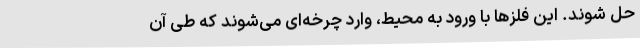
حل شوند. این فلزها با ورود به محیط، وارد چرخه‌ای می‌شوند که طی آن